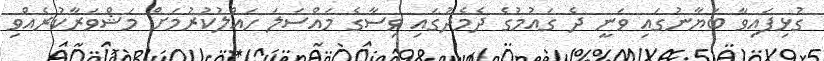
ގުޅިފައިވާ ބަޔާނުގައި ވަނީ ދެ ގައުމުގެ ދެމެދުގައި ވިސާގެ މައްސަލަ ހައްލުކުރުމަށް މަޝްވަރާކުރެއްވި